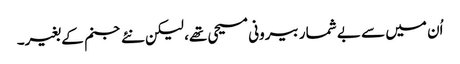
اُن میں سے بے شمار بیرونی مسیحی تھے، لیکن نئے جنم کے بغیر۔